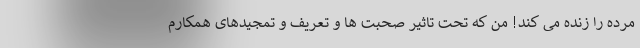
مرده را زنده می کند! من که تحت تاثیر صحبت ها و تعریف و تمجیدهای همکارم